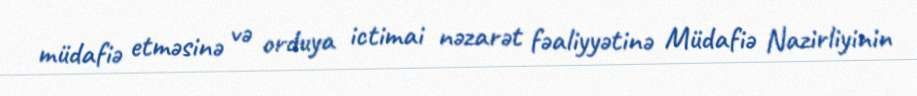
müdafiə etməsinə və orduya ictimai nəzarət fəaliyyətinə Müdafiə Nazirliyinin